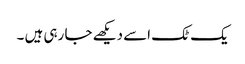
یک ٹک اسے دیکھے جا رہی ہیں ۔